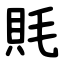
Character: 㲘